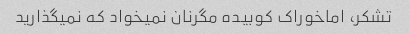
تشکر، اماخوراک کوبیده مگرنان نمیخواد که نمیگذارید